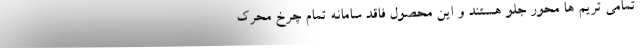
تمامی تریم ها محور جلو هستند و این محصول فاقد سامانه تمام چرخ محرک